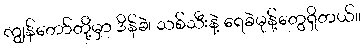
ကျွန်တော်တို့မှာ ဒိန်ခဲ၊ သစ်သီးနဲ့ ရေခဲမုန့်တွေရှိတယ်။